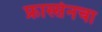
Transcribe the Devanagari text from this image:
फ्रास्सेनचा